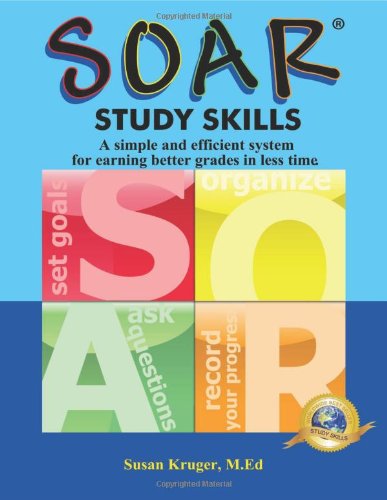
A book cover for SOAR Study Skills; Susan Kruger; Teen & Young Adult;